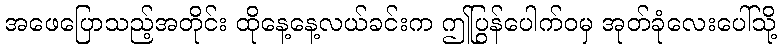
အဖေပြောသည့်အတိုင်း ထိုနေ့နေ့လယ်ခင်းက ဤပြွန်ပေါက်ဝမှ အုတ်ခုံလေးပေါ်သို့